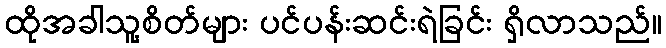
ထိုအခါသူ့စိတ်များ ပင်ပန်းဆင်းရဲခြင်း ရှိလာသည်။